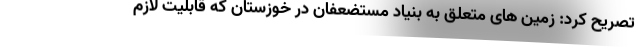
تصریح کرد: زمین های متعلق به بنیاد مستضعفان در خوزستان که قابلیت لازم